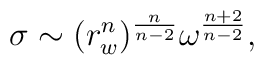
\sigma \sim (r_w^n)^{n\over n-2} \omega^{n+2\over n-2},